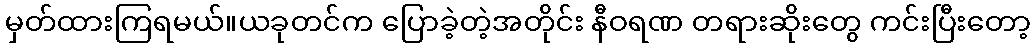
မှတ်ထားကြရမယ်။ယခုတင်က ပြောခဲ့တဲ့အတိုင်း နီဝရဏ တရားဆိုးတွေ ကင်းပြီးတော့